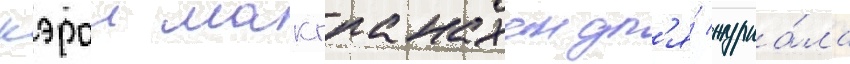
кэрол макгранахан дл'я́ журна́ла